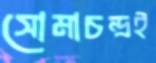
সোমাচন্দ্রই